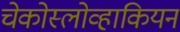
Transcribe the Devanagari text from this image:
चेकोस्लोव्हाकियन